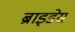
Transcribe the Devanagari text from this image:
ब्राइडेस